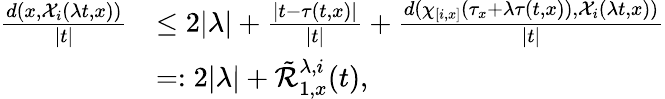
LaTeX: \begin{array}{rl}{\frac{d(x,\mathcal{X}_{i}(\lambda t,x))}{|t|}}&{\leq 2|\lambda|+\frac{\lvert t-\tau(t,x)\rvert}{|t|}+\frac{d(\chi_{[i,x]}(\tau_{x}+\lambda\tau(t,x)),\mathcal{X}_{i}(\lambda t,x))}{|t|}}\\ &{=:2|\lambda|+\tilde{\mathcal{R}}_{1,x}^{\lambda,i}(t),}\end{array}